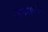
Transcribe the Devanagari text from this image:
अन्यमामले